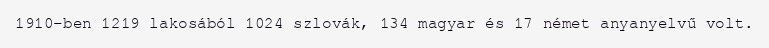
1910-ben 1219 lakosából 1024 szlovák, 134 magyar és 17 német anyanyelvű volt.